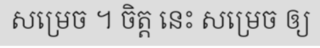
សម្រេច ។ ចិត្ត នេះ សម្រេច ឲ្យ